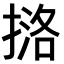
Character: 𪮔